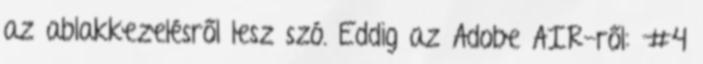
az ablakkezelésről lesz szó. Eddig az Adobe AIR-ről: #4